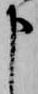
申